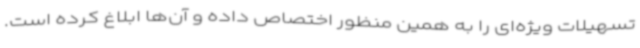
تسهیلات ویژه‌ای را به همین منظور اختصاص داده و آن‌ها ابلاغ کرده است.